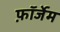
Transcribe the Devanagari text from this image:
फ़ॉर्जेम